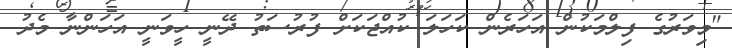
"މިވަރުގެ ފިލްމަކުން އަހަރެން ކަހަލަ ކުއްޖަކަށް ފުރުސަތު ދޭނީ ހީވަނީ އަހަންނާ މެދު